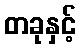
တခုနှင့်